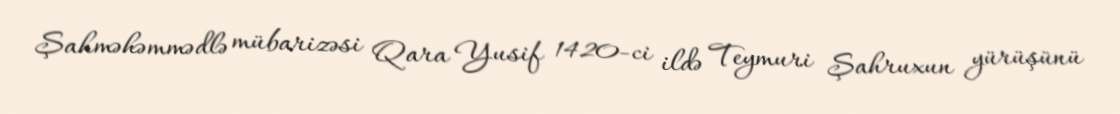
Şahməhəmmədlə mübarizəsi Qara Yusif 1420-ci ildə Teymuri Şahruxun yürüşünü